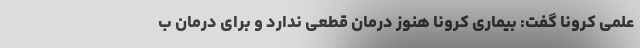
علمی کرونا گفت: بیماری کرونا هنوز درمان قطعی ندارد و برای درمان ب